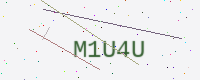
Text: M1U4U